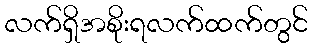
လက်ရှိအစိုးရလက်ထက်တွင်